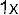
1X